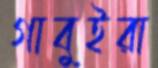
গাবুইরা